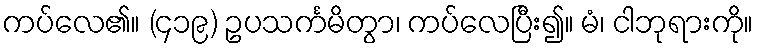
ကပ်လေ၏။ (၄၁၉) ဥပသင်္ကမိတွာ၊ ကပ်လေပြီး၍။ မံ၊ ငါဘုရားကို။